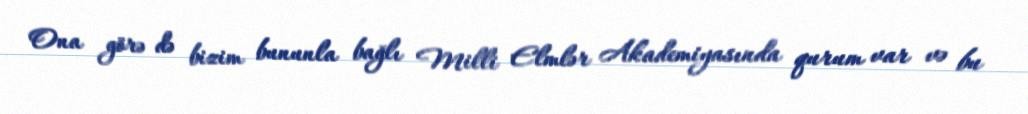
Ona görə də bizim bununla bağlı Milli Elmlər Akademiyasında qurum var və bu